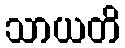
သာယတိ